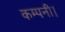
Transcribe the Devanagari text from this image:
कम्‍पनी।